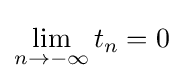
\lim _{n\to -\infty }t_{n}=0